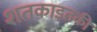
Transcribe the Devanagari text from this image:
शतकाइतकी